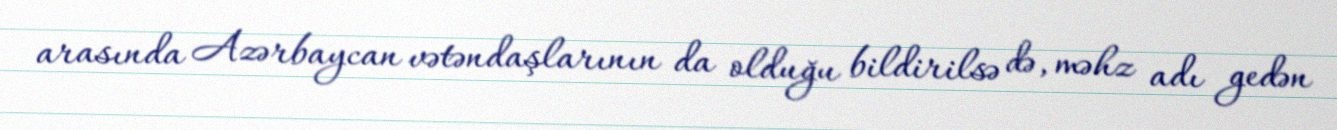
arasında Azərbaycan vətəndaşlarının da olduğu bildirilsə də, məhz adı gedən